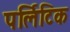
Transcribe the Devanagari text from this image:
पर्लिटिक